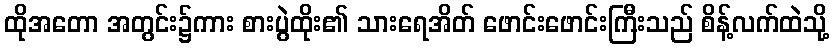
ထိုအတော အတွင်း၌ကား စားပွဲထိုး၏ သားရေအိတ် ဖောင်းဖောင်းကြီးသည် စိန့်လက်ထဲသို့